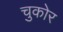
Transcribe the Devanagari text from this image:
चुकोर